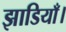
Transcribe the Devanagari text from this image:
झाडियाँ।